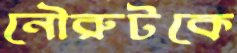
নৌরুটকে